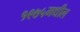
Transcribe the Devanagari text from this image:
१९७५मधील